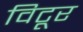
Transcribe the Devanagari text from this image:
विटूर